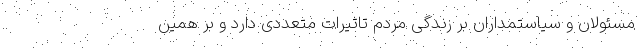
مسئولان و سیاستمداران بر زندگی مردم تاثیرات متعددی دارد و بر همین